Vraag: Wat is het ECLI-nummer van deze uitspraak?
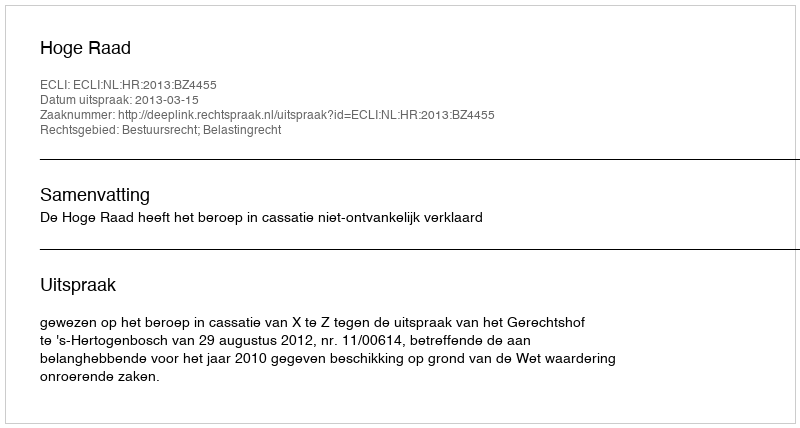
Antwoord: ECLI:NL:HR:2013:BZ4455